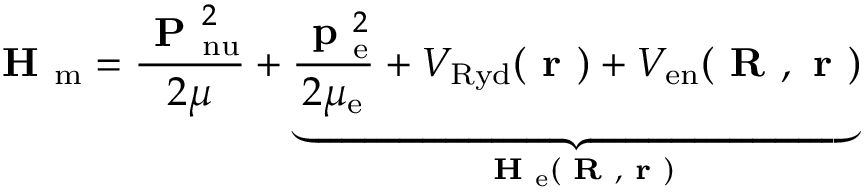
\textbf { H } _ { \mathrm { m } } = \frac { \textbf { P } _ { \mathrm { n u } } ^ { 2 } } { 2 \mu } + \underbrace { \frac { \textbf { p } _ { \mathrm { e } } ^ { 2 } } { 2 \mu _ { \mathrm { e } } } + V _ { \mathrm { R y d } } ( \textbf { r } ) + V _ { \mathrm { e n } } ( \textbf { R } , \textbf { r } ) } _ { \textbf { H } _ { \mathrm { e } } ( \textbf { R } , \textbf { r } ) }